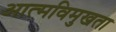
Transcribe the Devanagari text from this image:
आत्मविमुखता